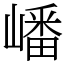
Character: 嶓